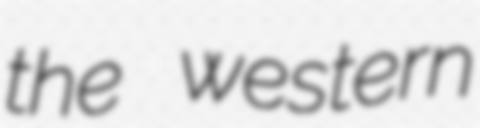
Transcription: the western